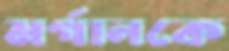
মর্গানকে